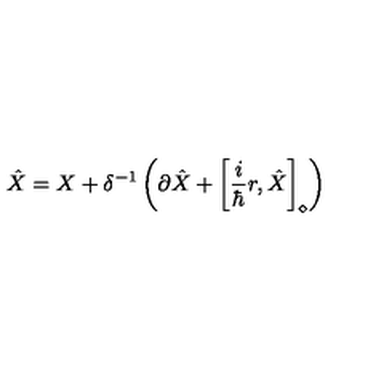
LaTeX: \hat { X } = X + \delta ^ { - 1 } \left( \partial \hat { X } + \left[ \frac { i } { \hbar } r , \hat { X } \right] _ { \diamond } \right)